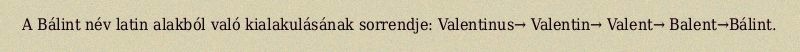
A Bálint név latin alakból való kialakulásának sorrendje: Valentinus→ Valentin→ Valent→ Balent→Bálint.